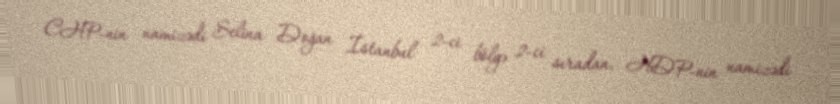
CHP-nin namizədi Selina Doğan İstanbul 2-ci bölgə 2-ci sıradan, HDP-nin namizədi